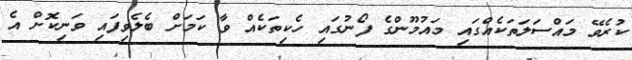
ކުރެވޭ މައްސަލަތަކެއްގައި މައުމޫންގެ ފޯނުގައި ހެކިތަކެއް ވާ ކަމަށް ބެލެވިފައި ވަނިކޮށް އެ